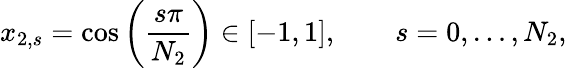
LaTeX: x_{2,s}=\cos\left(\frac{s\pi}{N_{2}}\right)\in[-1,1],\qquad s=0,\ldots,N_{2},